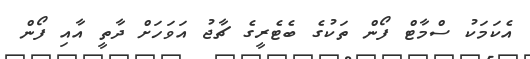
އެކަމަކު ސްމާޓް ފޯން ތަކުގެ ބެޓެރީގެ ޗާޖު އަވަހަށް ދާތީ އާއި ފޯން